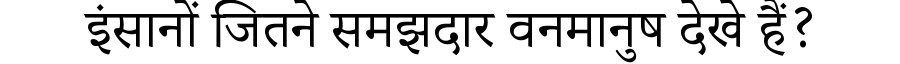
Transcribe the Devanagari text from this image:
इंसानों जितने समझदार वनमानुष देखे हैं?